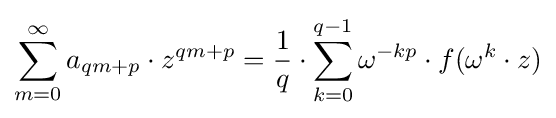
\sum _{m=0}^{\infty }a_{qm+p}\cdot z^{qm+p}={\frac {1}{q}}\cdot \sum _{k=0}^{q-1}\omega ^{-kp}\cdot f(\omega ^{k}\cdot z)